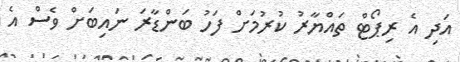
އަދި އެ ރިޕޯޓް ތައްޔާރު ކުރުމަށް ފަހު ބަންޑާރަ ނައިބަށް ވެސް އެ